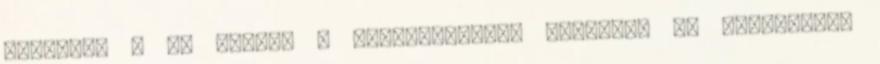
enyémet. – De hiszen a születésnapok maguktól is eltartanak